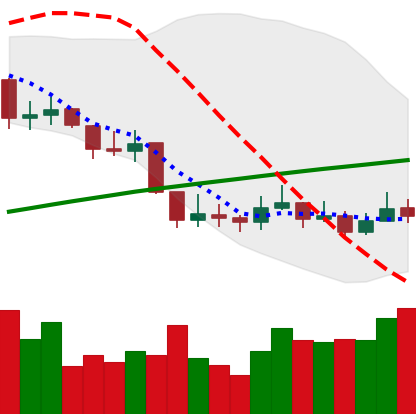
Ticker: LINK-USD
Chart end date: 2019-09-09
Forward return: -12.899%
Label: down_7plus